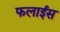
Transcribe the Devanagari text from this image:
फलाईस